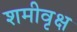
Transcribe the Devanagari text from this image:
शमीवृक्ष